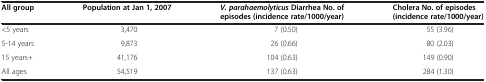
| All group | Population at Jan 1, 2007 | V. parahaemolyticus Diarrhea No. of episodes (incidence rate/1000/year) | Cholera No. of episodes (incidence rate/1000/year) |
 | --- | --- | --- | --- |
 | <5 years | 3,470 | 7 (0.50) | 55 (3.96) |
 | 5-14 years | 9,873 | 26 (0.66) | 80 (2.03) |
 | 15 years+ | 41,176 | 104 (0.63) | 149 (0.90) |
 | All ages | 54,519 | 137 (0.63) | 284 (1.30) |